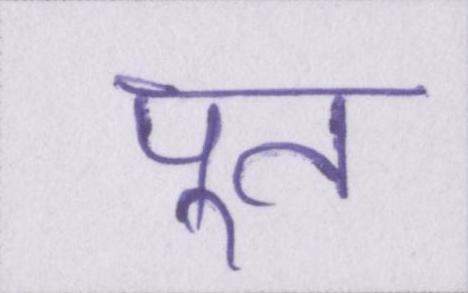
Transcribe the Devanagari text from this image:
पूत